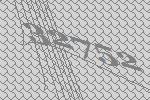
32752